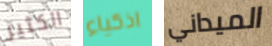
الكثير اذكياء الميداني